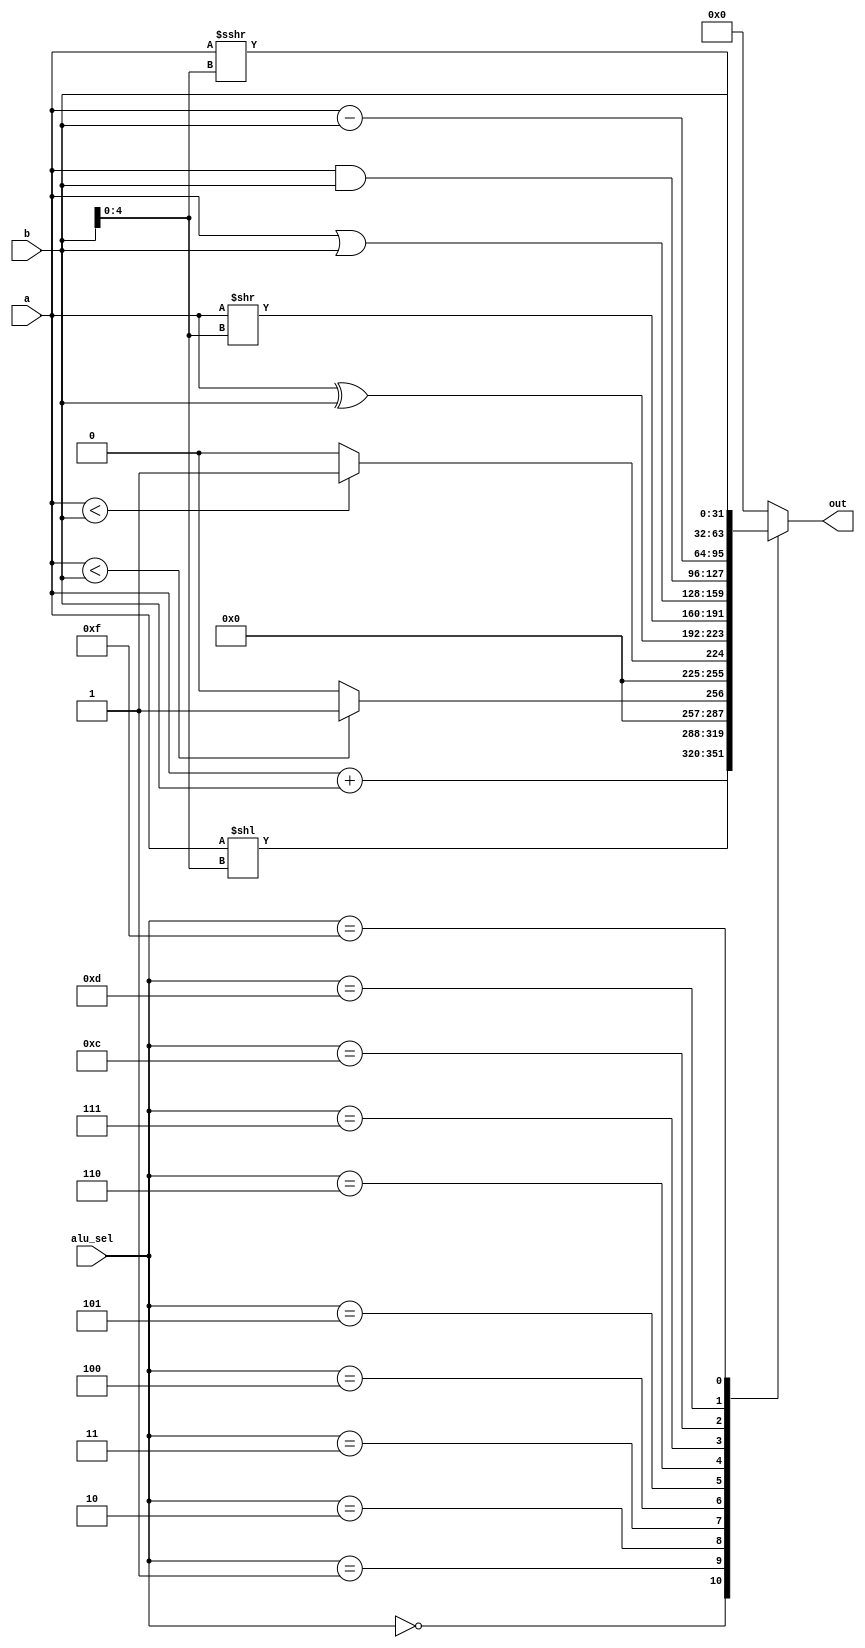
module alu(input [31:0] a, input[3:0] alu_sel, input [31:0] b, output [31:0] out);
  reg [31:0] out_reg; 
  localparam add_alu = 4'b0000;
  localparam sll_alu = 4'b0001;
  localparam slt_alu = 4'b0010; 
  localparam xor_alu = 4'b0100;
  localparam srl_alu = 4'b0101;
  localparam or_alu = 4'b0110;
  localparam and_alu = 4'b0111;
  localparam sub_alu = 4'b1100;
  localparam sra_alu = 4'b1101;
  localparam bsel_alu = 4'b1111;
  localparam sltu_alu = 4'b0011;
    always @(*) begin 
        case(alu_sel) 
            add_alu: out_reg = $signed(a) + $signed(b); // add
            sll_alu: out_reg = a << b[4:0]; // sll
            slt_alu: out_reg = $signed(a) < $signed(b) ? 1 : 0; // slt
            sltu_alu: out_reg = a < b ? 1 : 0;
            xor_alu: out_reg = a ^ b; // xor
            srl_alu: out_reg = a >> b[4:0]; // srl
            or_alu: out_reg = a | b; // or
            and_alu: out_reg = a & b; // and 
            sub_alu: out_reg = a - b; //sub
            sra_alu: out_reg = $signed(a) >>> b[4:0]; // sra
            bsel_alu: out_reg = b; // bsel
            default: out_reg = 0; 
          endcase 
    end 

    assign out = out_reg;

endmodule